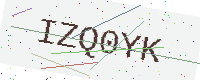
Text: IZQ0YK